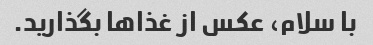
با سلام، عکس از غذاها بگذارید.